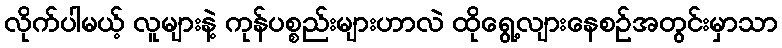
လိုက်ပါမယ့် လူများနဲ့ ကုန်ပစ္စည်းများဟာလဲ ထိုရွေ့လျားနေစဉ်အတွင်းမှာသာ